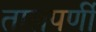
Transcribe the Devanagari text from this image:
तालपर्णी